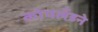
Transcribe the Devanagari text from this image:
कोपलँडने